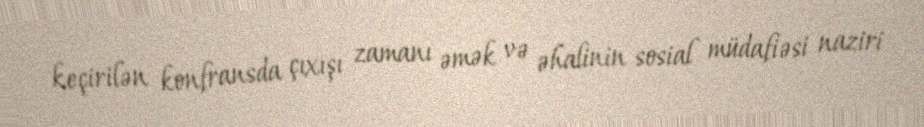
keçirilən konfransda çıxışı zamanı əmək və əhalinin sosial müdafiəsi naziri